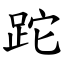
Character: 跎